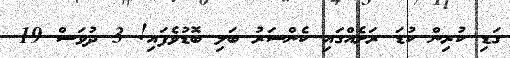
ގަޑި ކުރިން ކުޑަ ރަށެއްގައި ކެންސަރު ބަލި ބޮޑުވެފައި! 3 ދުވަސް 19